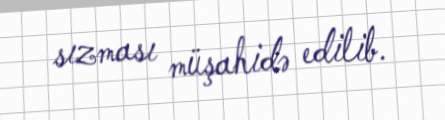
sızması müşahidə edilib.